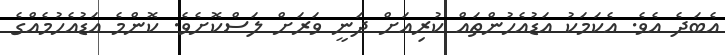
އެބަދެ އެވެ. އެކަމަކު އަޑުއެހުންތައް ކުރިއަށް ދަނީ ވަރަށް ލަސްކޮށެވެ. ކޮންމެ އަޑުއެހުމެއްގެ